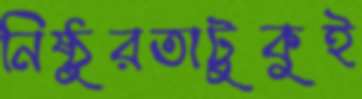
নিষ্ঠুরতাটুকুই